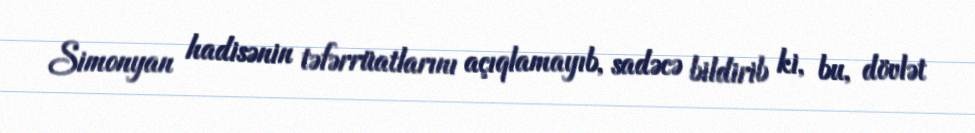
Simonyan hadisənin təfərrüatlarını açıqlamayıb, sadəcə bildirib ki, bu, dövlət